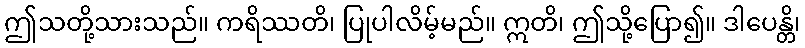
ဤသတို့သားသည်။ ကရိဿတိ၊ ပြုပါလိမ့်မည်။ ဣတိ၊ ဤသို့ပြော၍။ ဒါပေန္တိ၊